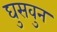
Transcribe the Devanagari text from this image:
घुसवुन